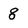
Character: 8